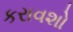
કરાવશો